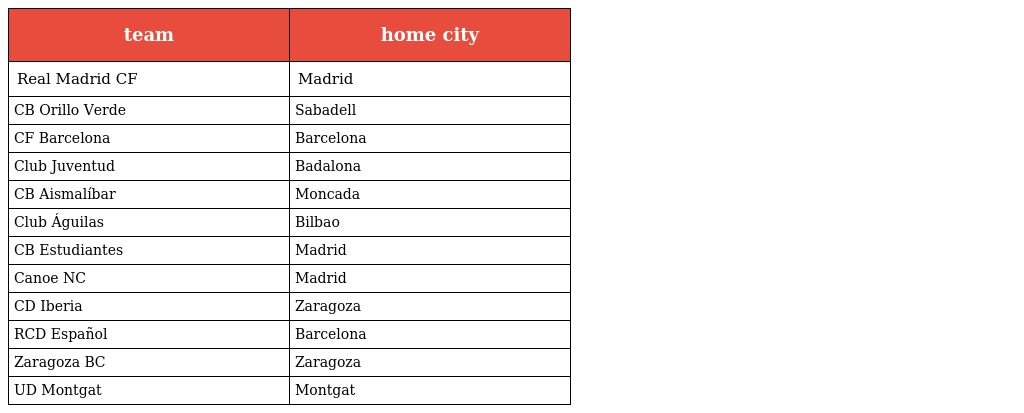
| team | home city |
 | --- | --- |
 | Real Madrid CF | Madrid |
 | CB Orillo Verde | Sabadell |
 | CF Barcelona | Barcelona |
 | Club Juventud | Badalona |
 | CB Aismalíbar | Moncada |
 | Club Águilas | Bilbao |
 | CB Estudiantes | Madrid |
 | Canoe NC | Madrid |
 | CD Iberia | Zaragoza |
 | RCD Español | Barcelona |
 | Zaragoza BC | Zaragoza |
 | UD Montgat | Montgat |